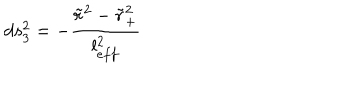
d s _ { 3 } ^ { 2 } = - \frac { \tilde { r } ^ { 2 } - \tilde { r } _ { + } ^ { 2 } } { l _ { e f f } ^ { 2 } }